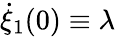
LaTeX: \dot{\xi}_{1}(0)\equiv\lambda